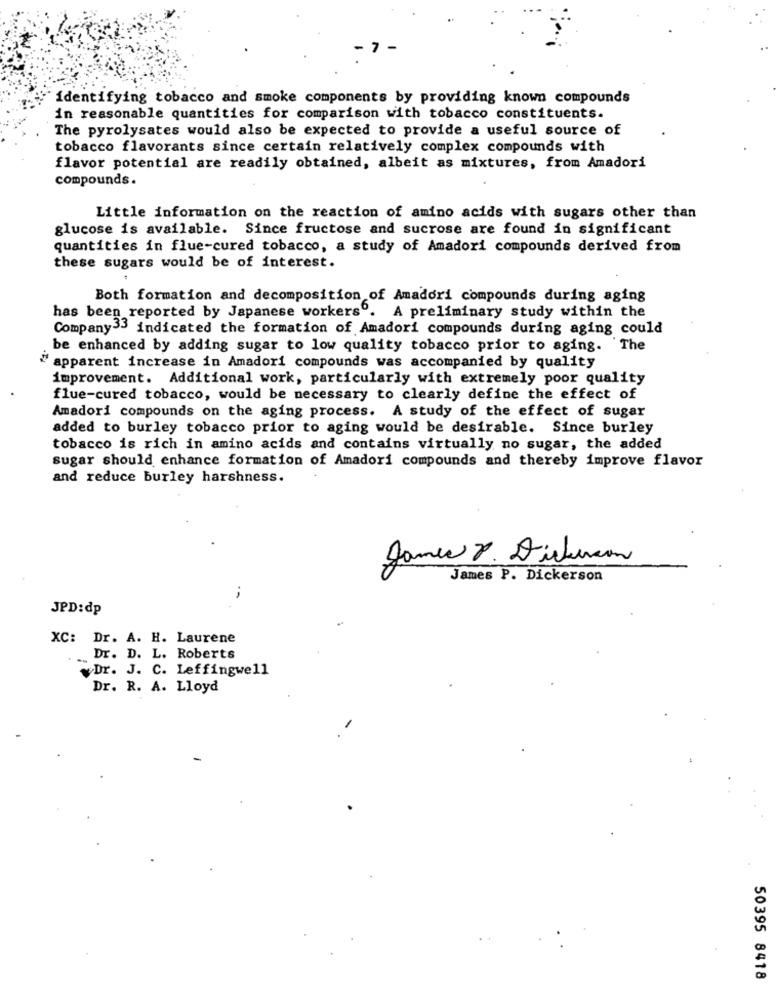
identifying tobacco and smoke components by providing known compounds
in reasonable quantities for comparison with tobacco constituents.
The pyrolysates would also be expected to provide a useful source of
tobacco flavorants since certain relatively complex compounds with
flavor potential are readily obtained, albeit as mixtures, from Amadori
compounds.
Little information on the reaction of amino acids with sugars other than
glucose is available. Since fructose and sucrose are found in significant
quantities in flue-cured tobacco, a study of Amadori compounds derived from
these sugars would be of interest.
Both formation and decomposition of Amadori compounds during aging
has been reported by Japanese workers". A preliminary study within the
Company33 indicated the formation of Amadori compounds during aging could
be enhanced by adding sugar to low quality tobacco prior to aging. The
" apparent increase in Amadori compounds was accompanied by quality
improvement. Additional work, particularly with extremely poor quality
flue-cured tobacco, would be necessary to clearly define the effect of
Amadori compounds on the aging process. A study of the effect of sugar
added to burley tobacco prior to aging would be desirable. Since burley
tobacco is rich in amino acids and contains virtually no sugar, the added
sugar should enhance formation of Amadori compounds and thereby improve flavor
and reduce burley harshness.
James P. Dickerson
James P. Dickerson
JPD:dp
XC: Dr. A. H. Laurene
Dr. D. L. Roberts
Dr. J. C. Leffingwell
Dr. R. A. Lloyd
-
50395 8418